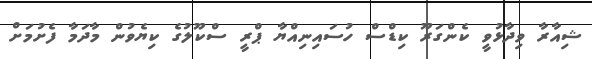
ޝިއާރާ ވިދާޅުވީ ކެންގަރޫ ކިޑްސް ހުސައިނިއްޔާ ޕްރީ ސްކޫލުގެ ކިޔެވުން މާދަމާ ފެށުމަށް